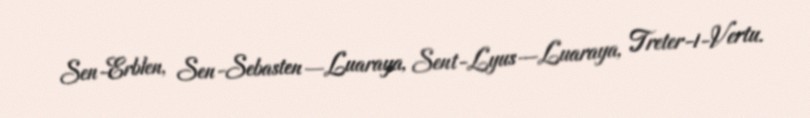
Sen-Erblen, Sen-Sebasten—Luaraya, Sent-Lyus—Luaraya, Treter-i-Vertu.